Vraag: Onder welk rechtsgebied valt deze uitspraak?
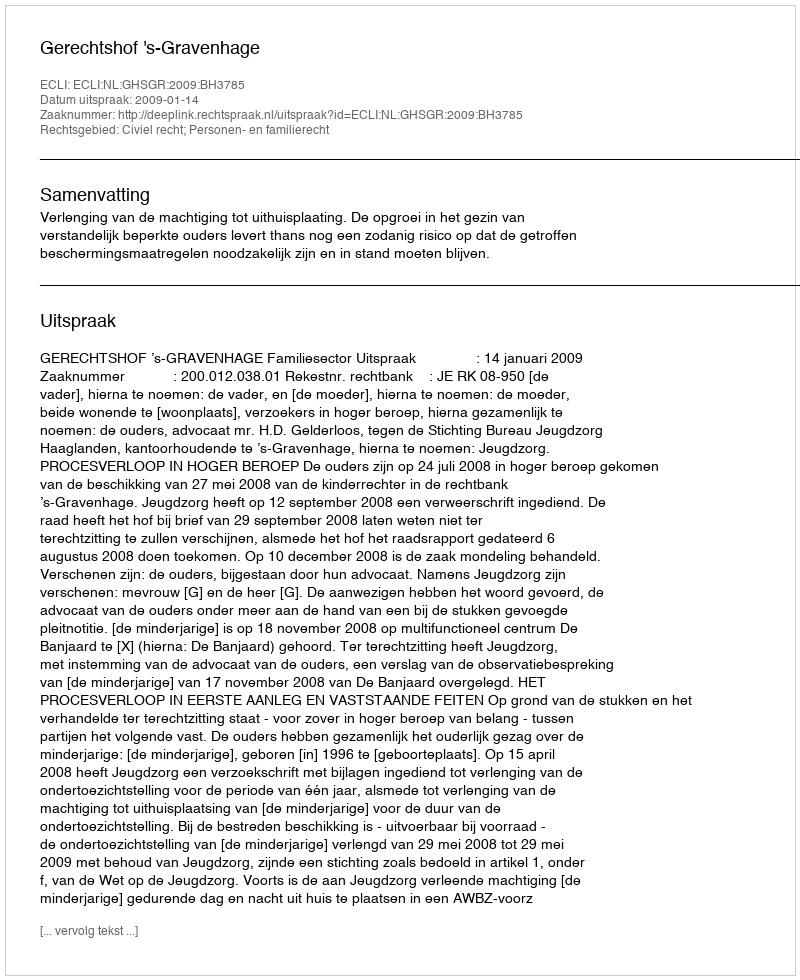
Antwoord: Civiel recht; Personen- en familierecht